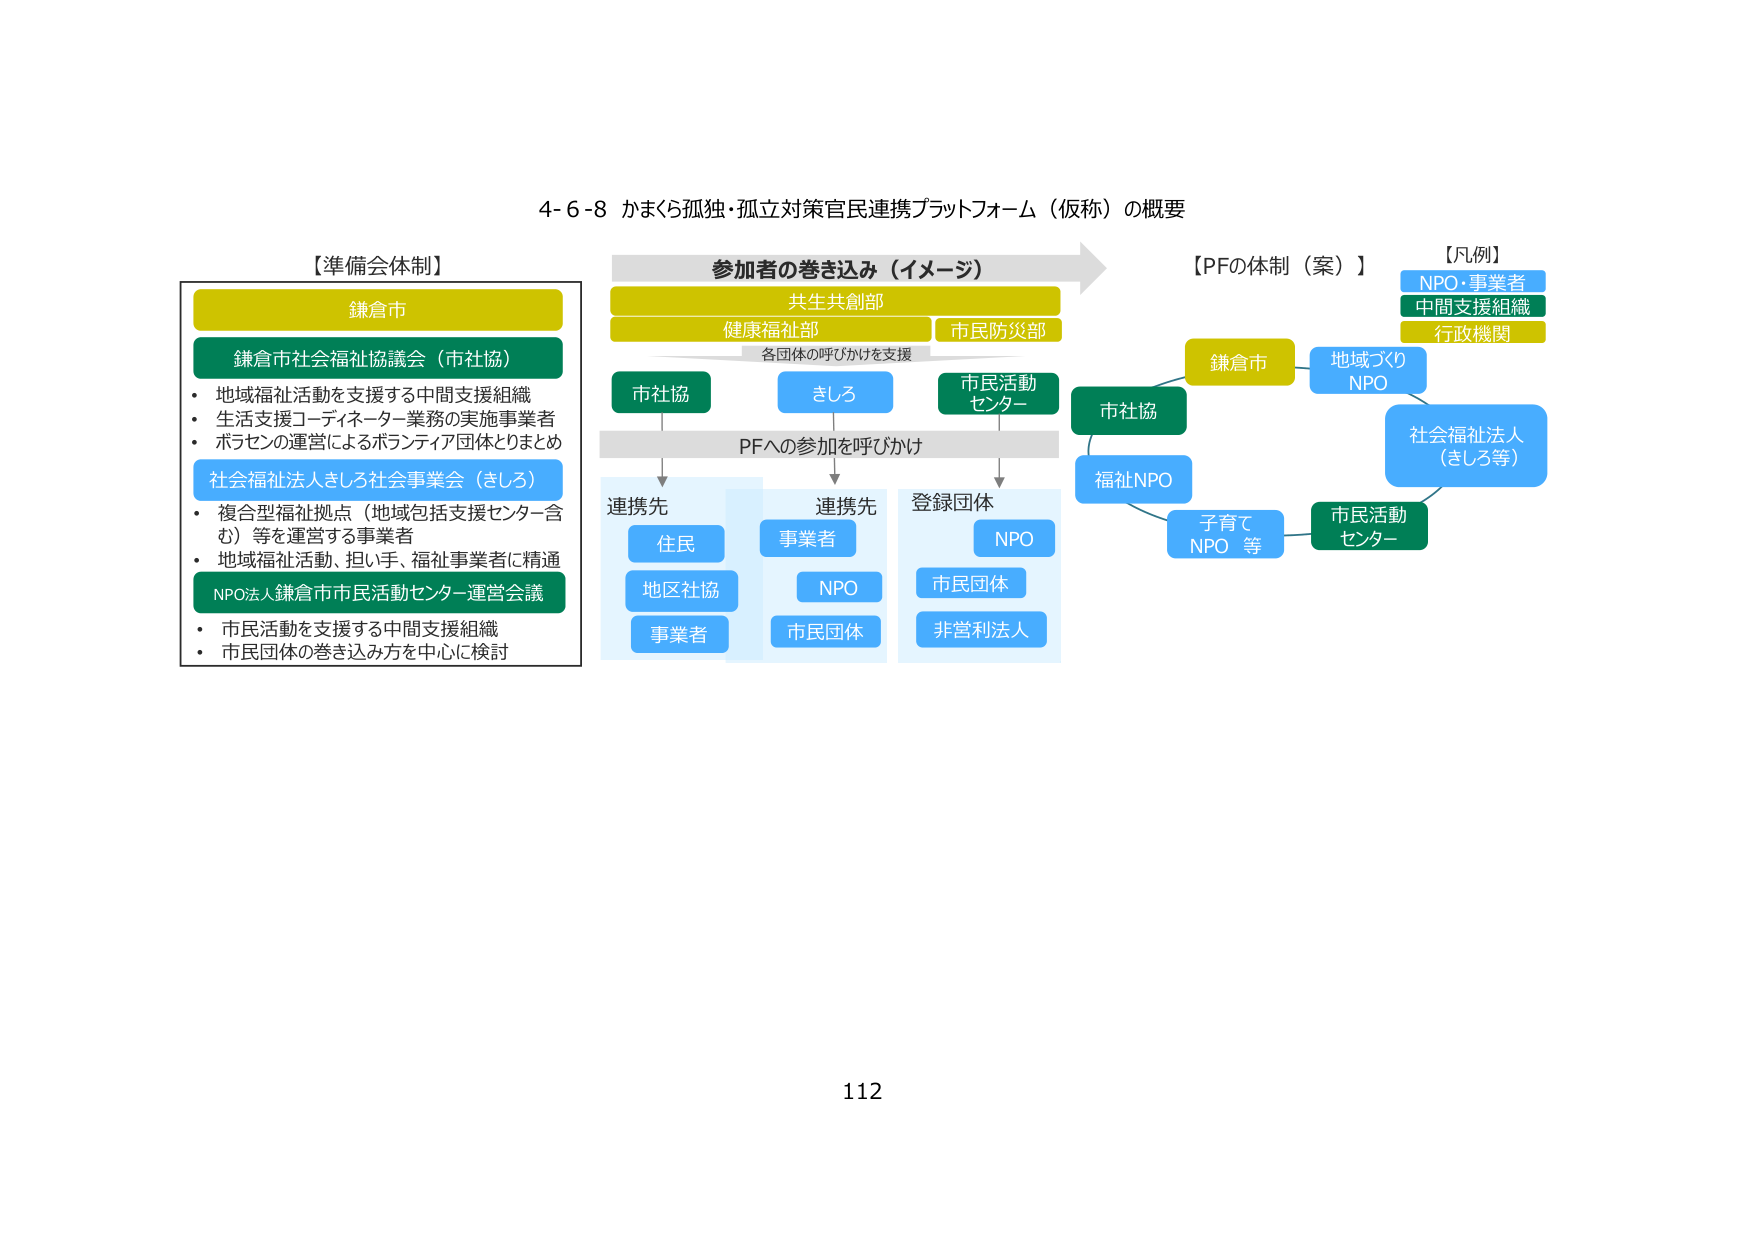
4-6-8 かまくら孤独・孤立対策官民連携プラットフォーム（仮称）の概要

【準備会体制】
鎌倉市
鎌倉市社会福祉協議会（市社協）
・地域福祉活動を支援する中間支援組織
・生活支援コーディネーター業務の実施事業者
・ボラセンの運営によるボランティア団体とりまとめ
社会福祉法人きしろ社会事業会（きしろ）
・複合型福祉拠点（地域包括支援センター含む）等を運営する事業者
・地域福祉活動、担い手、福祉事業者に精通
NPO法人鎌倉市市民活動センター運営会議
・市民活動を支援する中間支援組織
・市民団体の巻き込み方を中心に検討

参加者の巻き込み（イメージ）
共生共創部
健康福祉部 市民防災部
各団体の呼びかけを支援
市社協 きしろ 市民活動センター
PFへの参加を呼びかけ
連携先 連携先 登録団体
住民 事業者 NPO
地区社協 NPO 市民団体
事業者 市民団体 非営利法人

【PFの体制（案）】
鎌倉市
市社協
福祉NPO
子育てNPO等
地域づくりNPO
社会福祉法人（きしろ等）
市民活動センター

【凡例】
NPO・事業者
中間支援組織
行政機関

112